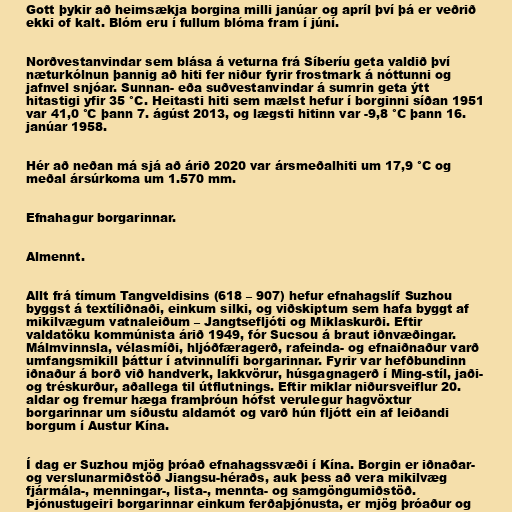
Gott þykir að heimsækja borgina milli janúar og apríl því þá er veðrið
ekki of kalt. Blóm eru í fullum blóma fram í júní.

Norðvestanvindar sem blása á veturna frá Síberíu geta valdið því
næturkólnun þannig að hiti fer niður fyrir frostmark á nóttunni og
jafnvel snjóar. Sunnan- eða suðvestanvindar á sumrin geta ýtt
hitastigi yfir 35 °C. Heitasti hiti sem mælst hefur í borginni síðan 1951
var 41,0 °C þann 7. ágúst 2013, og lægsti hitinn var -9,8 °C þann 16.
janúar 1958.

Hér að neðan má sjá að árið 2020 var ársmeðalhiti um 17,9 °C og
meðal ársúrkoma um 1.570 mm.

Efnahagur borgarinnar.

Almennt.

Allt frá tímum Tangveldisins (618 – 907) hefur efnahagslíf Suzhou
byggst á textíliðnaði, einkum silki, og viðskiptum sem hafa byggt af
mikilvægum vatnaleiðum – Jangtsefljóti og Miklaskurði. Eftir
valdatöku kommúnista árið 1949, fór Sucsou á braut iðnvæðingar.
Málmvinnsla, vélasmíði, hljóðfæragerð, rafeinda- og efnaiðnaður varð
umfangsmikill þáttur í atvinnulífi borgarinnar. Fyrir var hefðbundinn
iðnaður á borð við handverk, lakkvörur, húsgagnagerð í Ming-stíl, jaði-
og tréskurður, aðallega til útflutnings. Eftir miklar niðursveiflur 20.
aldar og fremur hæga framþróun hófst verulegur hagvöxtur
borgarinnar um síðustu aldamót og varð hún fljótt ein af leiðandi
borgum í Austur Kína.

Í dag er Suzhou mjög þróað efnahagssvæði í Kína. Borgin er iðnaðar-
og verslunarmiðstöð Jiangsu-héraðs, auk þess að vera mikilvæg
fjármála-, menningar-, lista-, mennta- og samgöngumiðstöð.
Þjónustugeiri borgarinnar einkum ferðaþjónusta, er mjög þróaður og